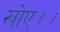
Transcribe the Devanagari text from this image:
खोए।।